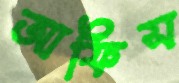
আফিস